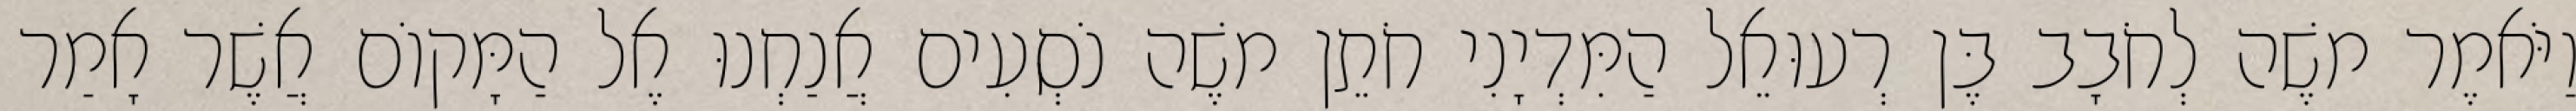
וַיֹּאמֶר משֶׁה לְחֹבָב בֶּן רְעוּאֵל הַמִּדְיָנִי חֹתֵן משֶׁה נֹסְעִים אֲנַחְנוּ אֶל הַמָּקוֹם אֲשֶׁר אָמַר